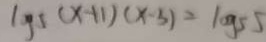
\log 5 ( x + 1 ) ( x - 3 ) = \log 5 5